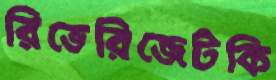
রিভেরিজেটকি